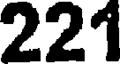
221